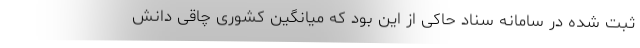
ثبت شده در سامانه سناد حاکی از این بود که میانگین کشوری چاقی دانش